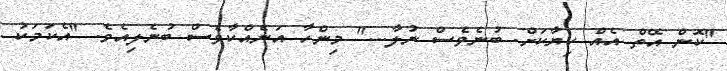
"ކޮން އޭތް އެއް ކިޔާކަށް. ބުނެވެސް ނުލާ..." މިންހާ އަނެއްކާވެސް ބުނެލިއެވެ. "އެކަމަކު